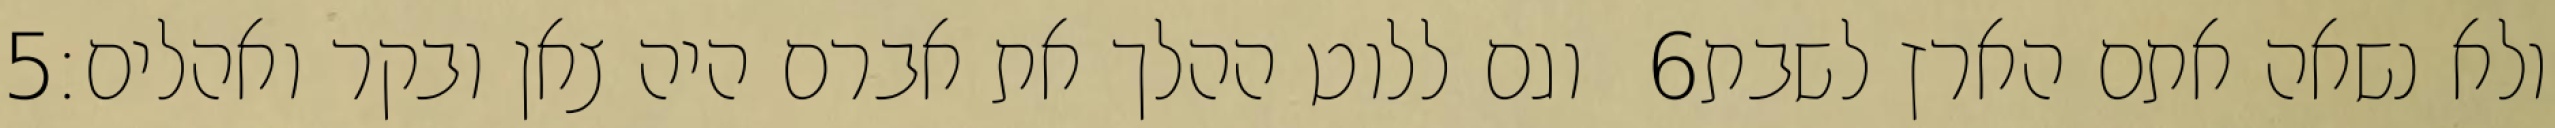
‎5‏ וגם ללוט ההלך את אברם היה צאן ובקר ואהלים׃ ‎6‏ ולא נשאה אתם הארץ לשבת